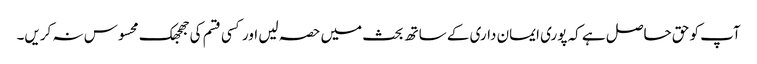
آپ کو حق حاصل ہے کہ پوری ایمان داری کے ساتھ بحث میں حصہ لیں اور کسی قسم کی جھجھک محسوس نہ کریں۔